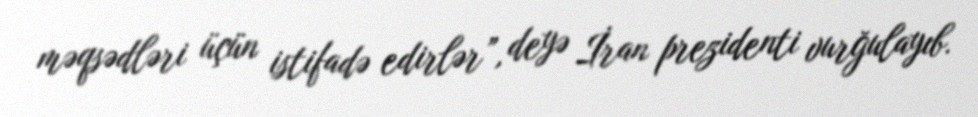
məqsədləri üçün istifadə edirlər”, deyə İran prezidenti vurğulayıb.